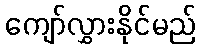
ကျော်လွှားနိုင်မည်